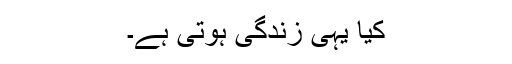
کیا یہی زندگی ہوتی ہے۔